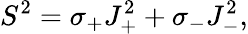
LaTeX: S^{2}=\sigma_{+}J_{+}^{2}+\sigma_{-}J_{-}^{2},